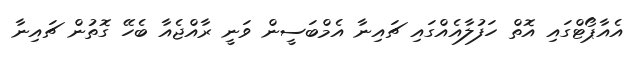
އެއާޕޯޓްގައި އޮތް ހަފުލާއެއްގައި ޗައިނާ އެމްބަސީން ވަނީ ރާއްޖެއާ ބެހޭ ގޮތުން ޗައިނާ